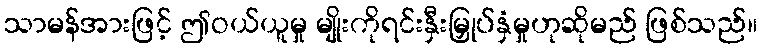
သာမန်အားဖြင့် ဤဝယ်ယူမှု မျိုးကိုရင်းနှီးမြှုပ်နှံမှုဟုဆိုမည် ဖြစ်သည်။